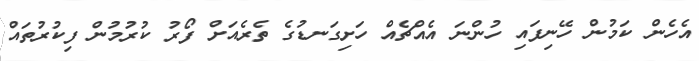
އެހެން ކަމުން ހޭނިފައި ހުންނަ އެއްޗެއް ހަށިގަނޑުގެ ތެރެއަށް ފޯރު ކުރުމުން ފިކުރުތައް